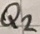
Text: Q2